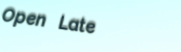
Open Late